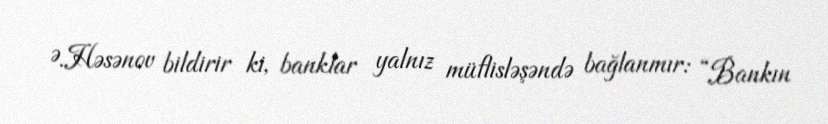
Ə.Həsənov bildirir ki, banklar yalnız müflisləşəndə bağlanmır: “Bankın